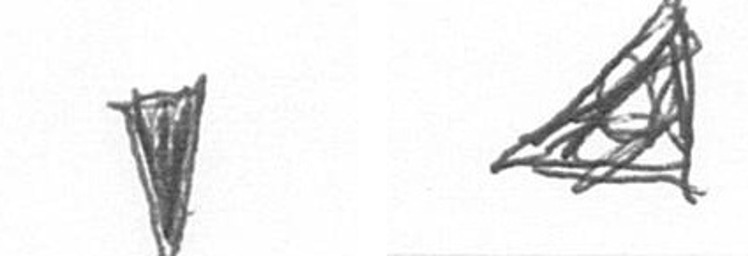
J O